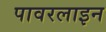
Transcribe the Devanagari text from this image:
पावरलाइन